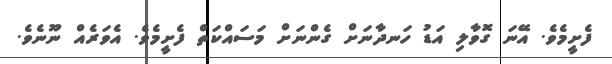
ފެށީމެވެ. އޭނަ ގޮވާލި އަޑު ހަނދާނަށް ގެންނަށް މަސައްކަތް ފެށީމެވެ. އެވަރެއް ނޫނެވެ.